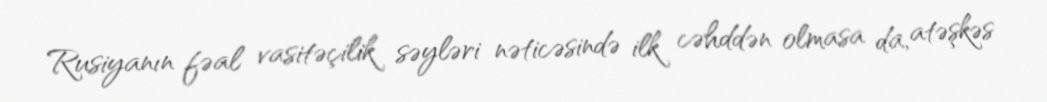
Rusiyanın fəal vasitəçilik səyləri nəticəsində ilk cəhddən olmasa da, atəşkəs